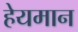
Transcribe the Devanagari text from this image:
हेयमान